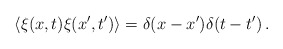
\begin{align*}\langle \xi(x,t)\xi(x',t') \rangle = \delta(x-x')\delta(t-t')\,.\end{align*}